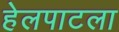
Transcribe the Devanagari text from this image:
हेलपाटला